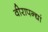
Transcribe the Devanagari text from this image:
वीरापन्द्यां